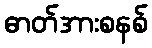
ဓာတ်အားစနစ်